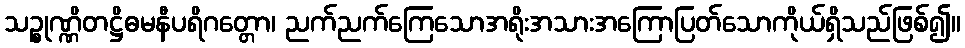
သဉ္စုဏ္ဏိတဋ္ဌိဓမနီပရိဂတ္တော၊ ညက်ညက်ကြေသောအရိုးအသားအကြောပြတ်သောကိုယ်ရှိသည်ဖြစ်၍။